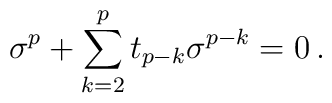
\sigma^{p} + \sum_{k=2}^{p}t_{p-k}\sigma^{p-k} =0\, .